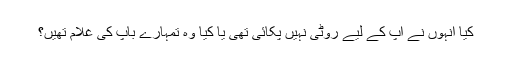
کیا انہوں نے آپ کے لیے روٹی نہیں پکائی تھی یا کیا وہ تمہارے باپ کی غلام تھیں؟